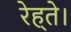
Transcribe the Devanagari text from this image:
रेह्ते।